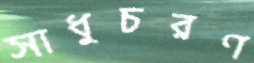
সাধুচরণ